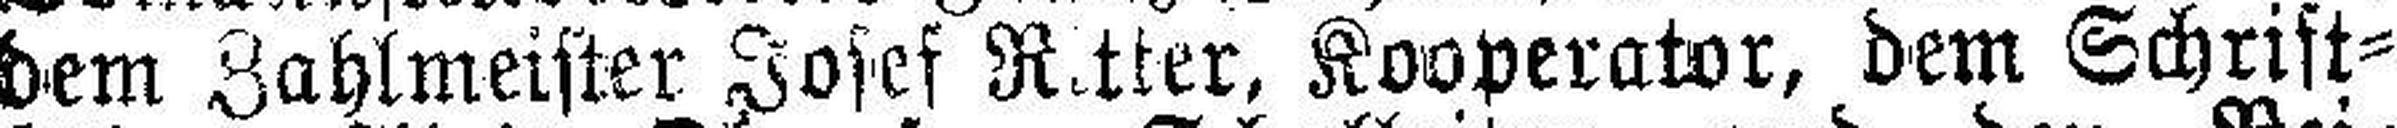
dem Zahlmeister Josef Ritter, Kooperator, dem Schrift¬